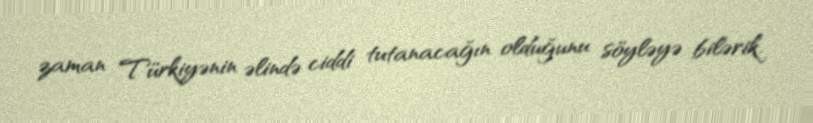
zaman Türkiyənin əlində ciddi tutanacağın olduğunu söyləyə bilərik.